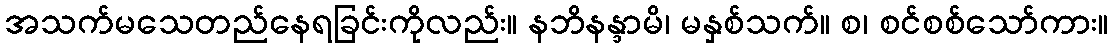
အသက်မသေတည်နေရခြင်းကိုလည်း။ နဘိနန္ဒာမိ၊ မနှစ်သက်။ စ၊ စင်စစ်သော်ကား။